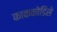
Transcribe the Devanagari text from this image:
काककोडिसे